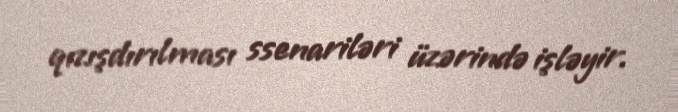
qızışdırılması ssenariləri üzərində işləyir.